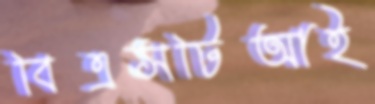
বিএসটিআই